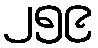
၂၅၉